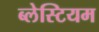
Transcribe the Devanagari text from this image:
ब्लेस्टियम